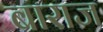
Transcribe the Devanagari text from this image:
बाराज